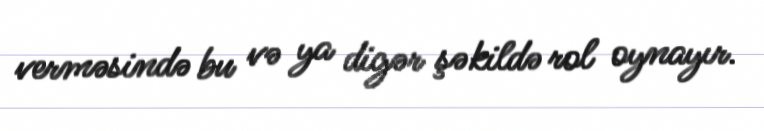
verməsində bu və ya digər şəkildə rol oynayır.